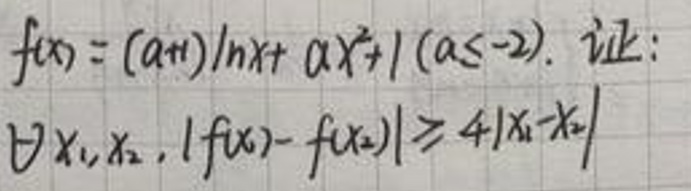
$&f(x)=(a + 1)\ln x+ax^{2}+1(a\leq - 2). $证：\\
$&\forall x_{1},x_{2},|f(x_{1})-f(x_{2})|\geq4|x_{1}-x_{2}|$